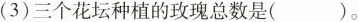
(3)三个花坛种植的玫瑰总数是()。